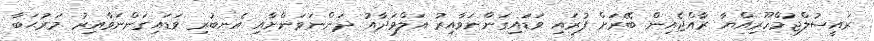
ރައީސުލްޖުމްހޫރިއްޔާ ރާއްޖެއިން ބޭރަށް ފުރައި ވަޑަައިގަންނަވާއިރު އަލްވަދާއު ދަންނަވަންށާއި އެނބުރި ވަޑައިގަންނަވާއިރު މަރުޙަބާ